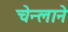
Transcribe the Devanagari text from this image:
चेन्लाने